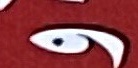
و